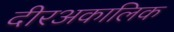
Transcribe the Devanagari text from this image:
दीरअकालिक